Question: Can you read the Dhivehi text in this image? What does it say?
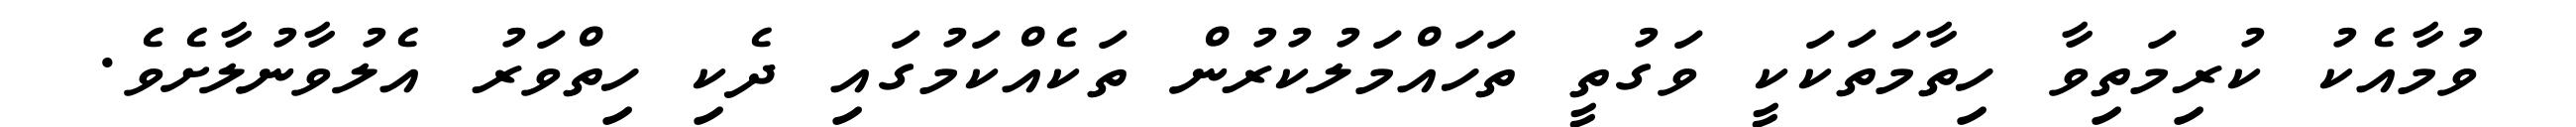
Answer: ވުމާއެކު ކުރިމަތިވާ ހިތާމަތަކަކީ ވަގުތީ ތަހައްމަލުކުރުން ތަކެއްކަމުގައި ދެކި ހިތްވަރު އެލުވާނުލާށެވެ.